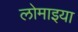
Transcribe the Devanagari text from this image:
लोमाइया